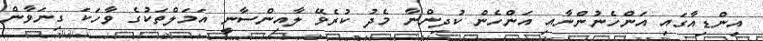
އިންޑިއާގައި އަންހެނުންނާއި އަންހެން ކުދިންނާ މެދު ކުރެވޭ ލާއިންސާނީ އަމަލްތަކުގެ ވާހަކަ ގިނަވާން